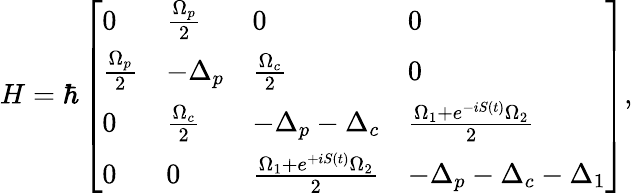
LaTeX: H=\hbar\left[\begin{array}{llll}{0}&{\frac{\Omega_{p}}{2}}&{0}&{0}\\ {\frac{\Omega_{p}}{2}}&{-\Delta_{p}}&{\frac{\Omega_{c}}{2}}&{0}\\ {0}&{\frac{\Omega_{c}}{2}}&{-\Delta_{p}-\Delta_{c}}&{\frac{\Omega_{1}+e^{-iS(t)}\Omega_{2}}{2}}\\ {0}&{0}&{\frac{\Omega_{1}+e^{+iS(t)}\Omega_{2}}{2}}&{-\Delta_{p}-\Delta_{c}-\Delta_{1}}\end{array}\right],